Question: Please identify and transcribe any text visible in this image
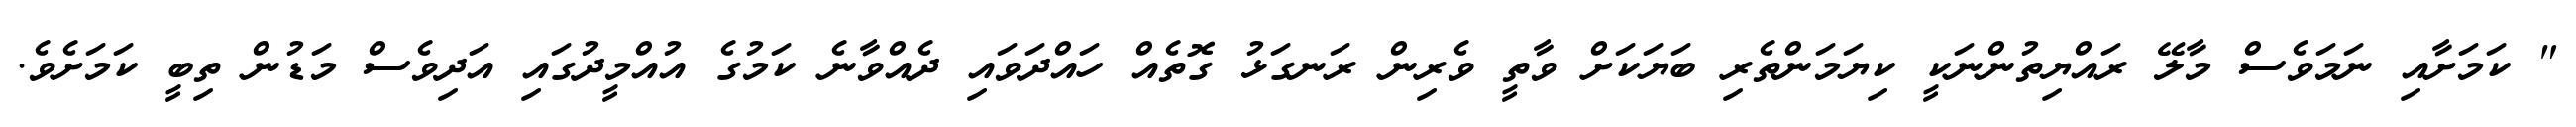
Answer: " ކަމަށާއި ނަމަވެސް މާލޭ ރައްޔިތުންނަކީ ކިޔަމަންތެރި ބަޔަކަށް ވާތީ ވެރިން ރަނގަޅު ގޮތެއް ހައްދަވައި ދެއްވާނެ ކަމުގެ އުއްމީދުގައި އަދިވެސް މަޑުން ތިބީ ކަމަށެވެ.